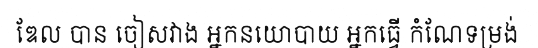
ឌែល បាន ចៀសវាង អ្នកនយោបាយ អ្នកធ្វើ កំណែទម្រង់